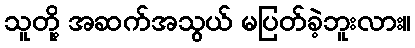
သူတို့ အဆက်အသွယ် မပြတ်ခဲ့ဘူးလား။